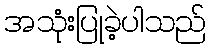
အသုံးပြုခဲ့ပါသည်